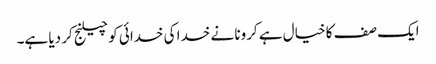
ایک صف کا خیال ہے کرونا نے خدا کی خدائی کو چیلنج کر دیا ہے۔